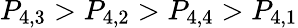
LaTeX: P_{4,3}>P_{4,2}>P_{4,4}>P_{4,1}